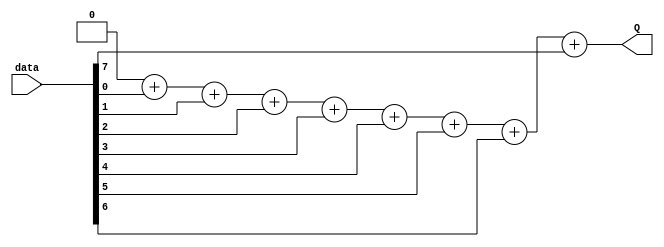
/*--  *******************************************************
--  Computer Architecture Course, Laboratory Sources 
--  Amirkabir University of Technology (Tehran Polytechnic)
--  Department of Computer Engineering (CE-AUT)
--  https://ce[dot]aut[dot]ac[dot]ir
--  *******************************************************
--  All Rights reserved (C) 2019-2020
--  *******************************************************
--  Student ID  : 
--  Student Name: 
--  Student Mail: 
--  *******************************************************
--  Additional Comments:
--
--*/

/*-----------------------------------------------------------
---  Module Name: Cool Heat System Utils
---  Description: Module3:
-----------------------------------------------------------*/
`timescale 1 ns/1 ns

/***********************************************************/
/************** Design Your Own Modules Below **************/




module counter (
	input [7:0] data,
	output reg [3:0] Q
);
	
	integer i;
	
	always@(data) begin
		Q = 0;
		for(i = 0 ; i < 8 ; i = i + 1)
			Q = Q + data[i];
	end
	
endmodule

	
/************** Design Your Own Modules Above **************/
/***********************************************************/